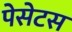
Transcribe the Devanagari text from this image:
पेसेटस